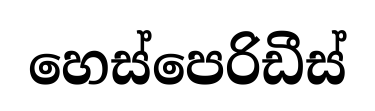
හෙස්පෙරිඩීස්